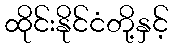
ထိုင်းနိုင်ငံတို့နှင့်